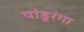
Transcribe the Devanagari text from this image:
पांडूरंगा